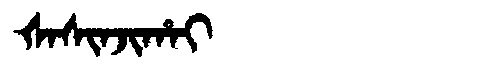
Manchu: ᡧᠠᠰᡳᠨᠵᡳᡥᠠᡳ
Romanization: ŠASINJIHAI